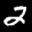
Label: 2